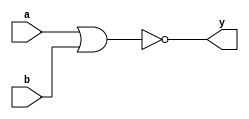
module nor_gate_behavioral (
       input a,
       input b,
       output y
   );
       assign y = ! ( a || b ); 
endmodule